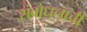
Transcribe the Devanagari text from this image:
संबोधनाची